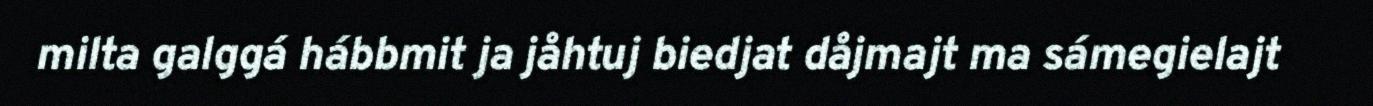
milta galggá hábbmit ja jåhtuj biedjat dåjmajt ma sámegielajt